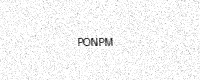
Text: PONPM